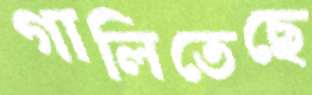
গালিতেছে